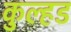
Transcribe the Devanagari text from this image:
कुल्हड